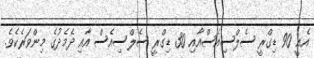
އެއީ 90 ޑިގްރީ ސެލްސިއެސްއާއި 30 ޑިގްރީ ސެލްސިއެސް އާއި ދެމެދުގެ މިންވަރެކެވެ.